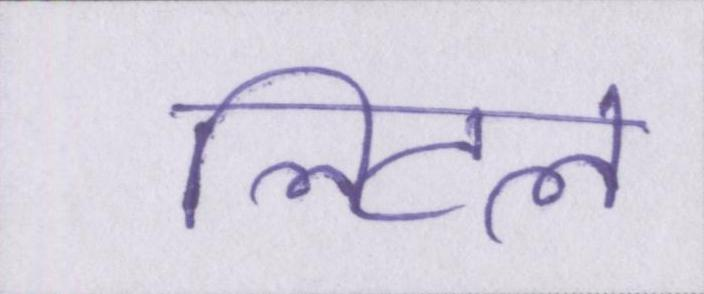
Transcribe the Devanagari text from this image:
लिटल